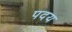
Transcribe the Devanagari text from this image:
पदय